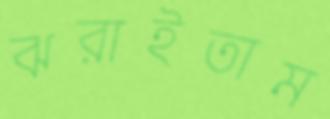
ঝরাইতাম